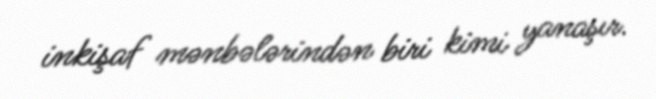
inkişaf mənbələrindən biri kimi yanaşır.